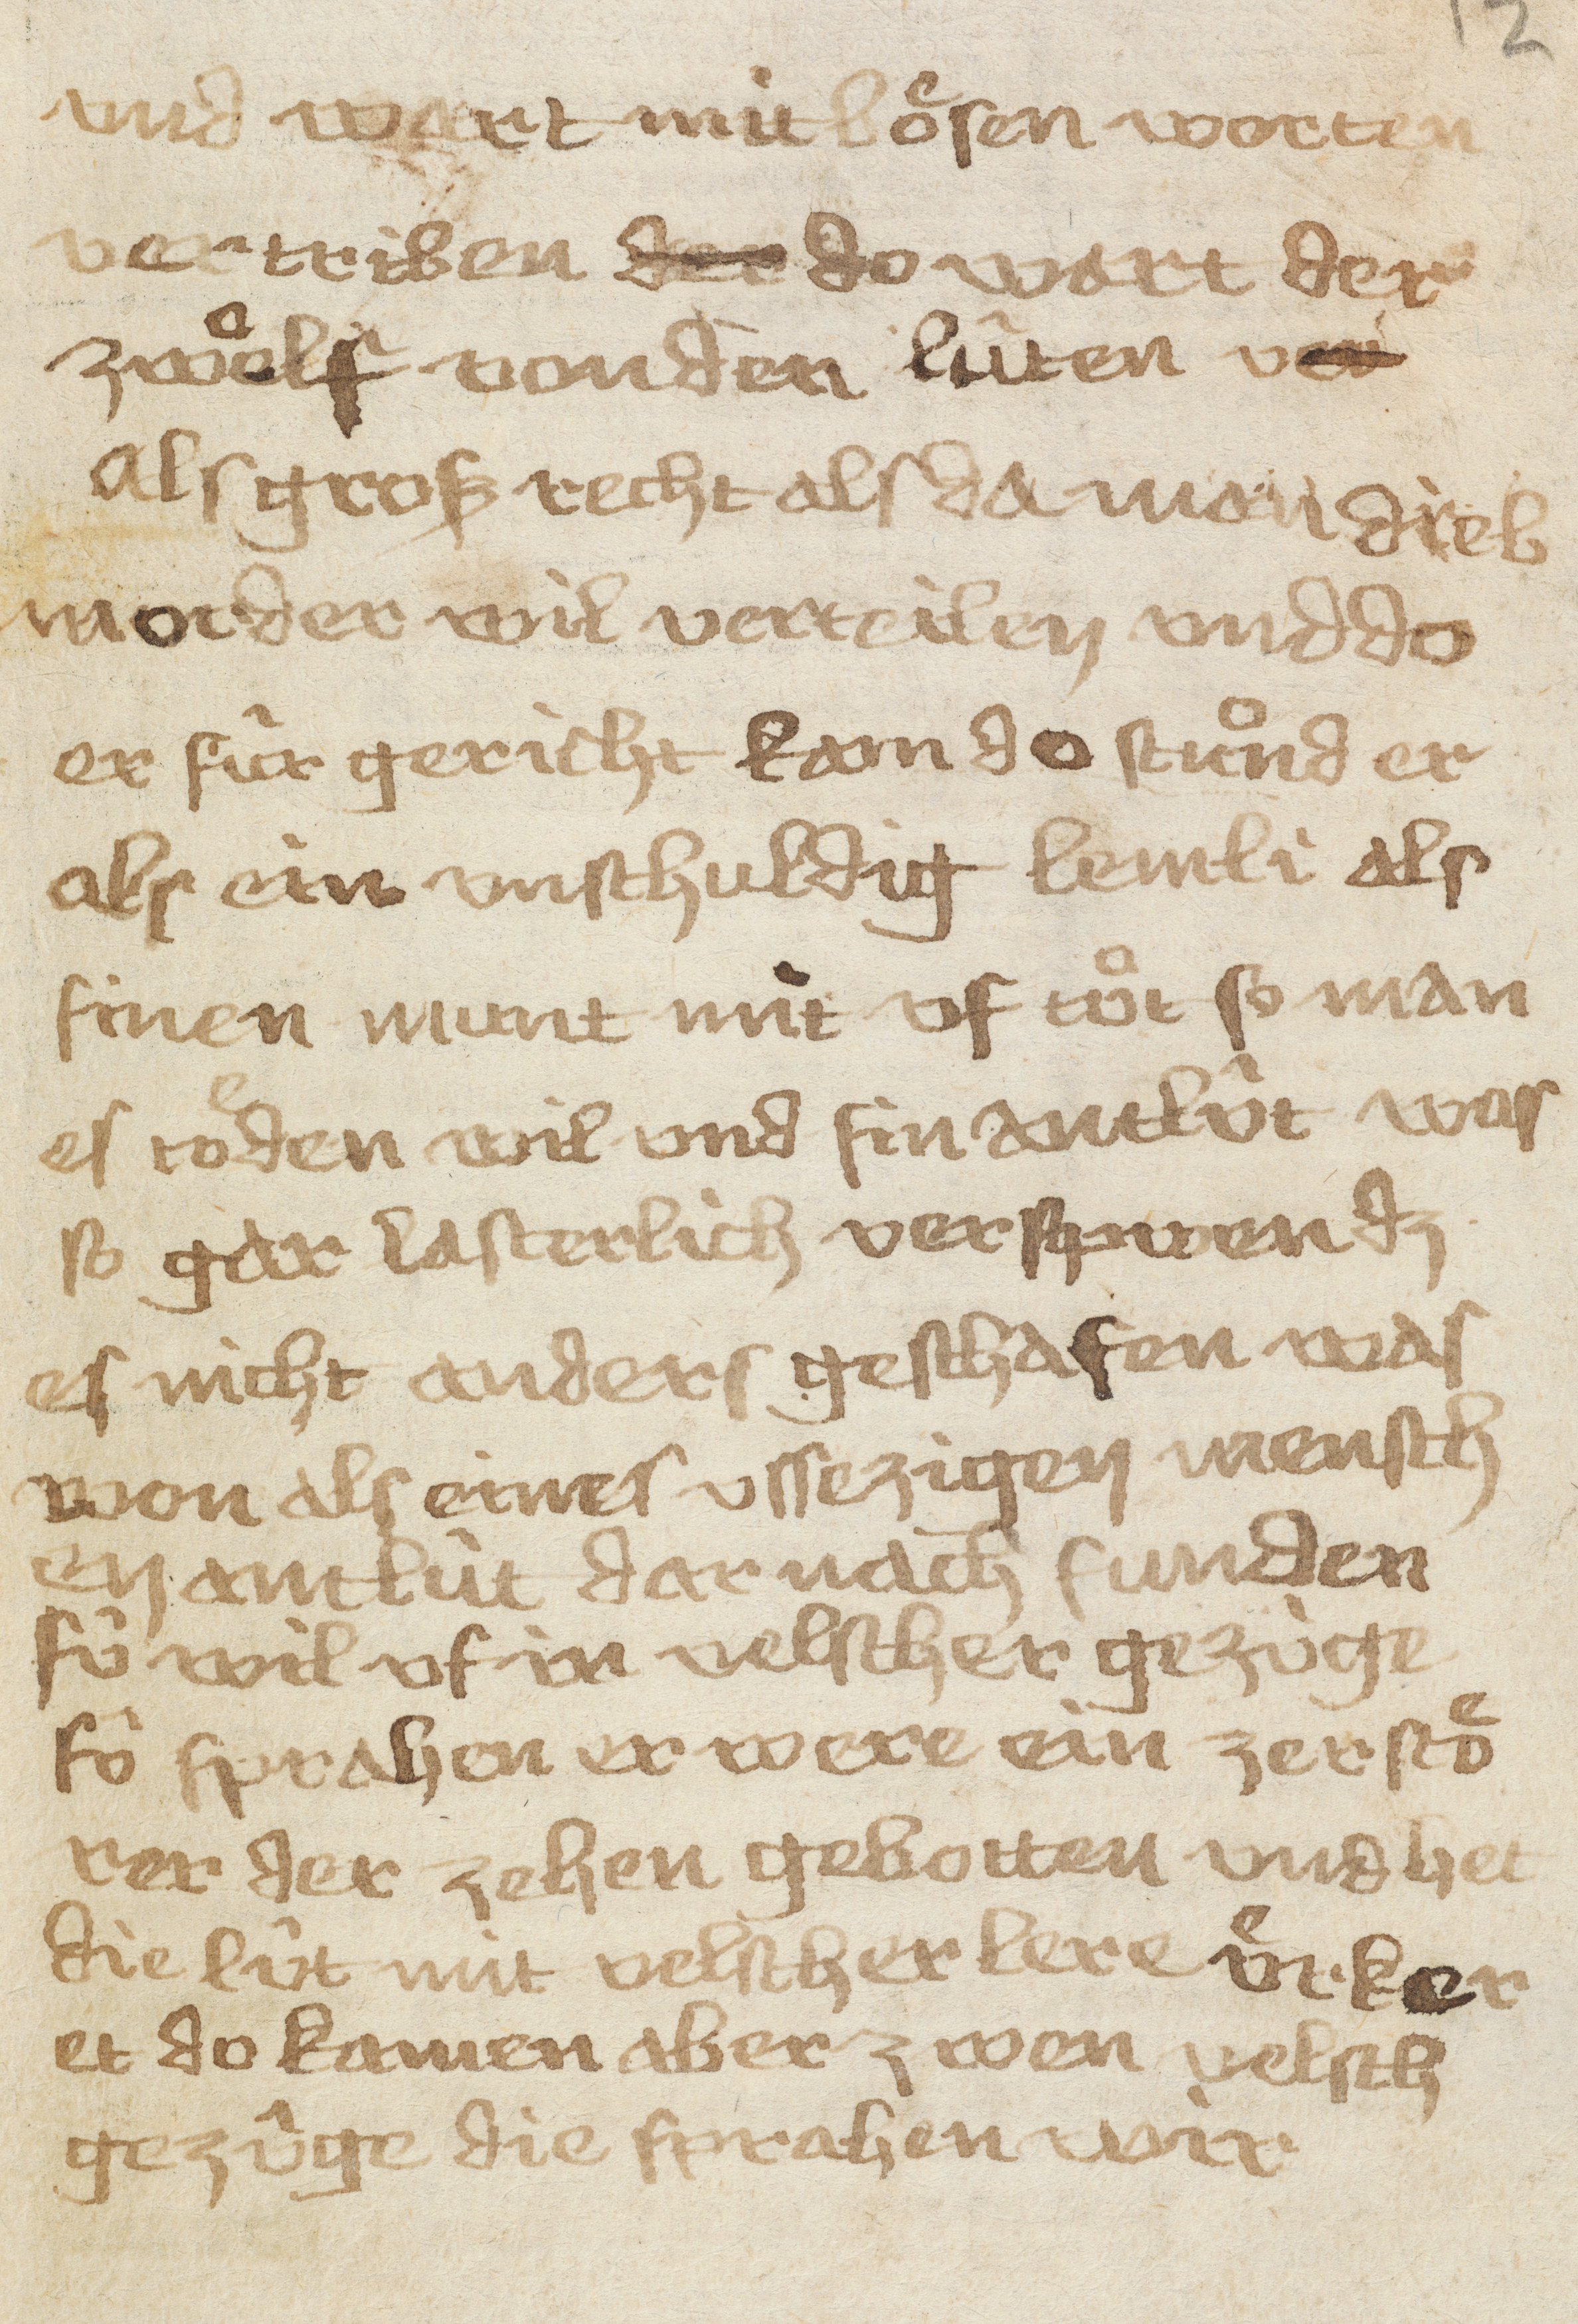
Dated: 1433–1465